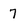
Character: 7